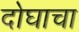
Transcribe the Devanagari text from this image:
दोघाचा